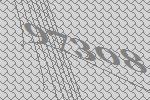
97308